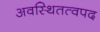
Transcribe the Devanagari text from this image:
अवस्थितत्वपद